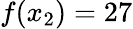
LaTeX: f(x_{2})=27